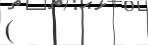
(